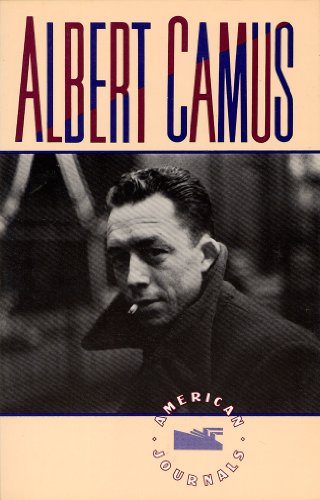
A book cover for American Journals; Albert Camus; Travel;